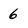
Character: 6